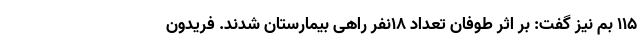
۱۱۵ بم نیز گفت: بر اثر طوفان تعداد ۱۸نفر راهی بیمارستان شدند. فریدون